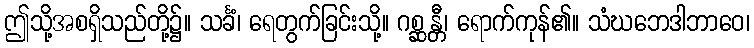
ဤသို့အစရှိသည်တို့၌။ သင်္ခံ၊ ရေတွက်ခြင်းသို့။ ဂစ္ဆန္တီ၊ ရောက်ကုန်၏။ သံဃဘေဒါဘာဝေ၊